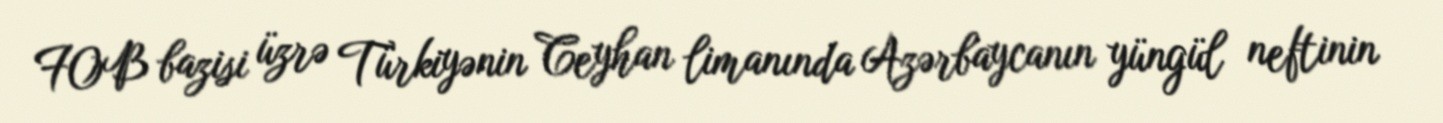
FOB bazisi üzrə Türkiyənin Ceyhan limanında Azərbaycanın yüngül neftinin